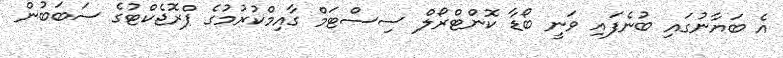
އެ ބަޔާނުގައި ބުނެފައި ވަނީ ބޯޑާ ކޮންޓްރޯލް ސިސްޓަމް ގާއިމްކުރުމުގެ ޕްރޮޖެކްޓުގެ ސަބަބުން